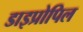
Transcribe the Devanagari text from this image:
डाइप्रोपिल